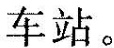
车站。